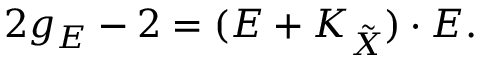
2 g _ { E } - 2 = ( E + K _ { \tilde { X } } ) \cdot E .